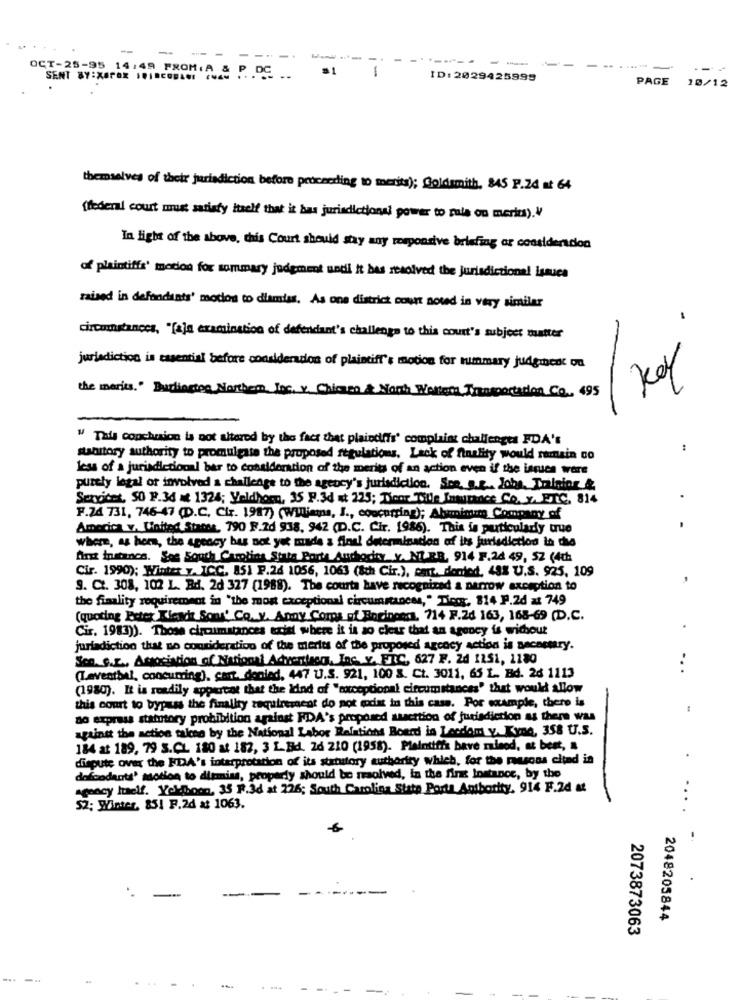
-
-
-
--
-
------
--
OCT-25-95 14:49 FROM:A &
1
....
-
SENT BY:XEPOX 1CIRCOB&#1
P. . DE
ID: 2829425999
PAGE
10/12
themselves of their jurisdiction before proceeding to merits); Goldsmith. 845 F.24 at 64
(federal court must satisfy itself that it has jurisdictional power to rule on meries). V
In light of the above, this Court should stay any responsive briefing ar consideration
of plaintiffs' motion for summary judgment undi it bes resolved the jurisdictional issues
raised in defondants' modos to dismiss. As one district court nowd in very similar
circonstances, "[aja examination of defendant's challenge to this court's subject matter
jurisdiction is essential before considerados of plaintiff's motion for summary judgment ou
the maris." Burlington Northern Joc. v. Chicken & North Welloma,Trasportidon Co. 495
" This conclusion is not altered by the fact that plaindffs' complaint challenges FDA's
..
stanitory authority to promulgate the proposed regulations. Lack of finality would remain co
less of a jurisdictional bar to consideration of the merits of an action even if the issues were
purely legal or involved a challenge to the agency's jurisdiction. Soe. g.e ., Jobs, Trinior &
Services, SO 9.34 at 1324; Veldhoen, 35 F.3d # 225; Door Title Insurance Co. y ., ETC. 814
F.24 731, 746-47 (D.C. Cir. 1987) (Williamna, I ., concorring); Abymminim Company of
America v. United States, 790 F.2d 938, 942 (D.C. Cir. 1986). This is particularly true
where, as hers, the agency bas not yet made a final determination of its jurisdiction in the
first fordance. Ses South Carolina State Porte Anchodiez v. NL RB. 914 F.24 49, 5Z (4th
Cir. 1990); Winter y. ICC. 851 P.24 1056, 1063 (8th Cir.), cat. denied, 48% U.S. 925. 109
9. Ct. 308, 102 L. Bd. 2d 327 (1988). The courta have recognized a narrow exception to
the finality requirement in "the most exceptional circumstances," They, 814 P.2d at 749
(quoting Peter Kleads Som' Co. y. Anny Come of Enginessa. 714 F.2d 163, 168-69 (D.C.
Cir. 1983)). Those circumstances uccisi where it is ao clear that an agency is without
jurisdiction that no consideration of the mertes of the proposed agcocy action is necessary.
Son. S.E ., Association of National Advertise, Inc. v. FRC, 627 F. 2d 1151, 1180
..
(Laventbal, concurring), cast. denied, 447 U.S. 921, 100 S. Ct. 3011, 65 L. Bd. 26 1113
(1980). It is readily appercot that the idind of "corceptional circumstances' that would allow
this court to bypass the finality requirement do pot code in this case. Por example, there is
so express statutory prohibition against NDA's proposed saacttion of jurisdiction as there was
against the action taken by the National Labor Relations Board in Landom v. Kyna, 358 U.S.
184 at 189, 79 S.CL 180 at 182, 3 L. Bd. 26 210 (1958). Plaintiffs bave ruinod, at best, a
dispute over the HDA's interpretation of its statutory authority which, for the reasons citad in
dofoodants' motion to dismiss, properly should be resolved, in the first Instance, by the
agency luelf. Yoldhoon, 35 F.3d at 226; South Carolina State Port Authority. 914 F.2d at
SZ; Winter, 851 F.2d at 1063.
2048205844
2073873063